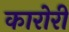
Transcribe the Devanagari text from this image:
कारोरी